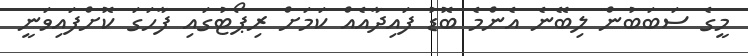
މީގެ ސަބަބުން ލިބޭނެ އެންމެ ބޮޑު ފައިދާއެއް ކަމަށް ރިޕޯޓުގައި ފާހަގަ ކޮށްފައިވަނީ